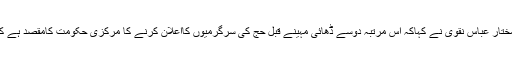
حجاج کرام کو عالمی سطح کی سہولیات فراہم کی جائیں گی:مختار عباس نقوی نے کہاکہ اس مرتبہ دوسے ڈھائی مہینے قبل حج کی سرگرمیوں کااعلان کرنے کا مرکزی حکومت کامقصد ہے کہ حجاج کرام کو عالمی سطح کی سہولیات فراہم کرائی جائیں۔